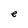
Character: e